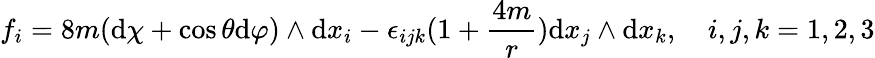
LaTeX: f_{i}=8m(\mathrm{d}\chi+\cos\theta\mathrm{d}\varphi)\wedge\mathrm{d}x_{i}-\epsilon_{ijk}(1+\frac{{4m}}{{r}})\mathrm{d}x_{j}\wedge\mathrm{d}x_{k},~~~~i,j,k=1,2,3